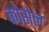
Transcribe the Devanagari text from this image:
कोसेल